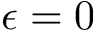
\epsilon = 0